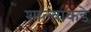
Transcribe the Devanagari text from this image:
शाल्वाकडे